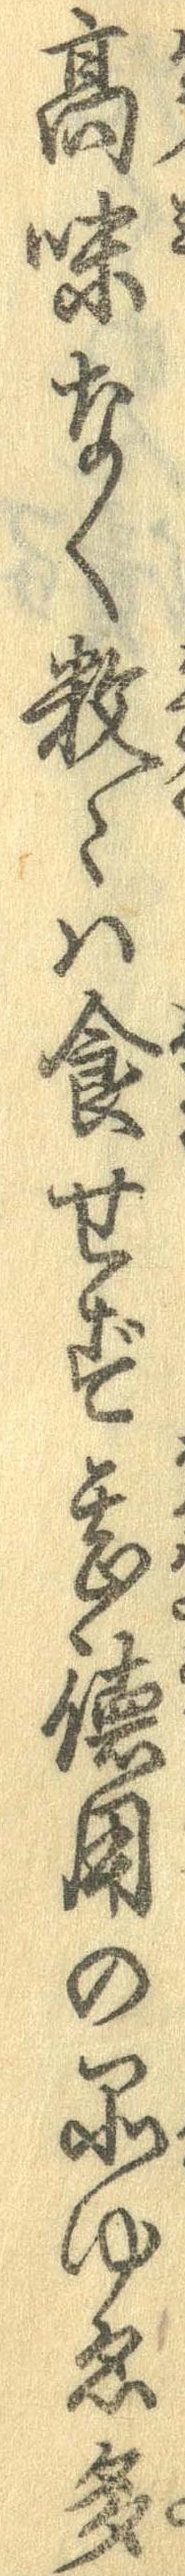
高味なく数々は食せず甚徳用の品ゆゑ多